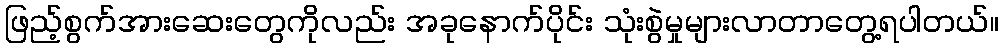
ဖြည့်စွက်အားဆေးတွေကိုလည်း အခုနောက်ပိုင်း သုံးစွဲမှုများလာတာတွေ့ရပါတယ်။